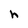
Character: h